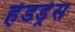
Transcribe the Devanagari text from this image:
हेडड्रेस